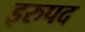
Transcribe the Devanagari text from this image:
इरुपद